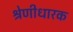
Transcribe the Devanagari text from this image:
श्रेणीधारक